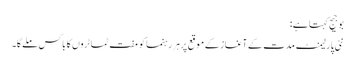
بوجیج کہتا ہے:
نئی پارلیمنٹ مدت کے آغاز کے موقع پرہر رہنما کو مفت ٹماٹروں کا باکس ملےگا۔